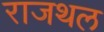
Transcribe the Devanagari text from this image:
राजथल